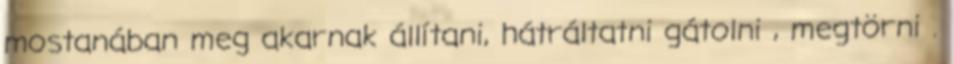
mostanában meg akarnak állítani, hátráltatni gátolni , megtörni .